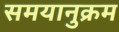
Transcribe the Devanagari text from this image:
समयानुक्रम